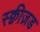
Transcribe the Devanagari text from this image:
स्क्वीज़ड